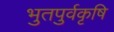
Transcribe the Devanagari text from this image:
भुतपुर्वकृषि